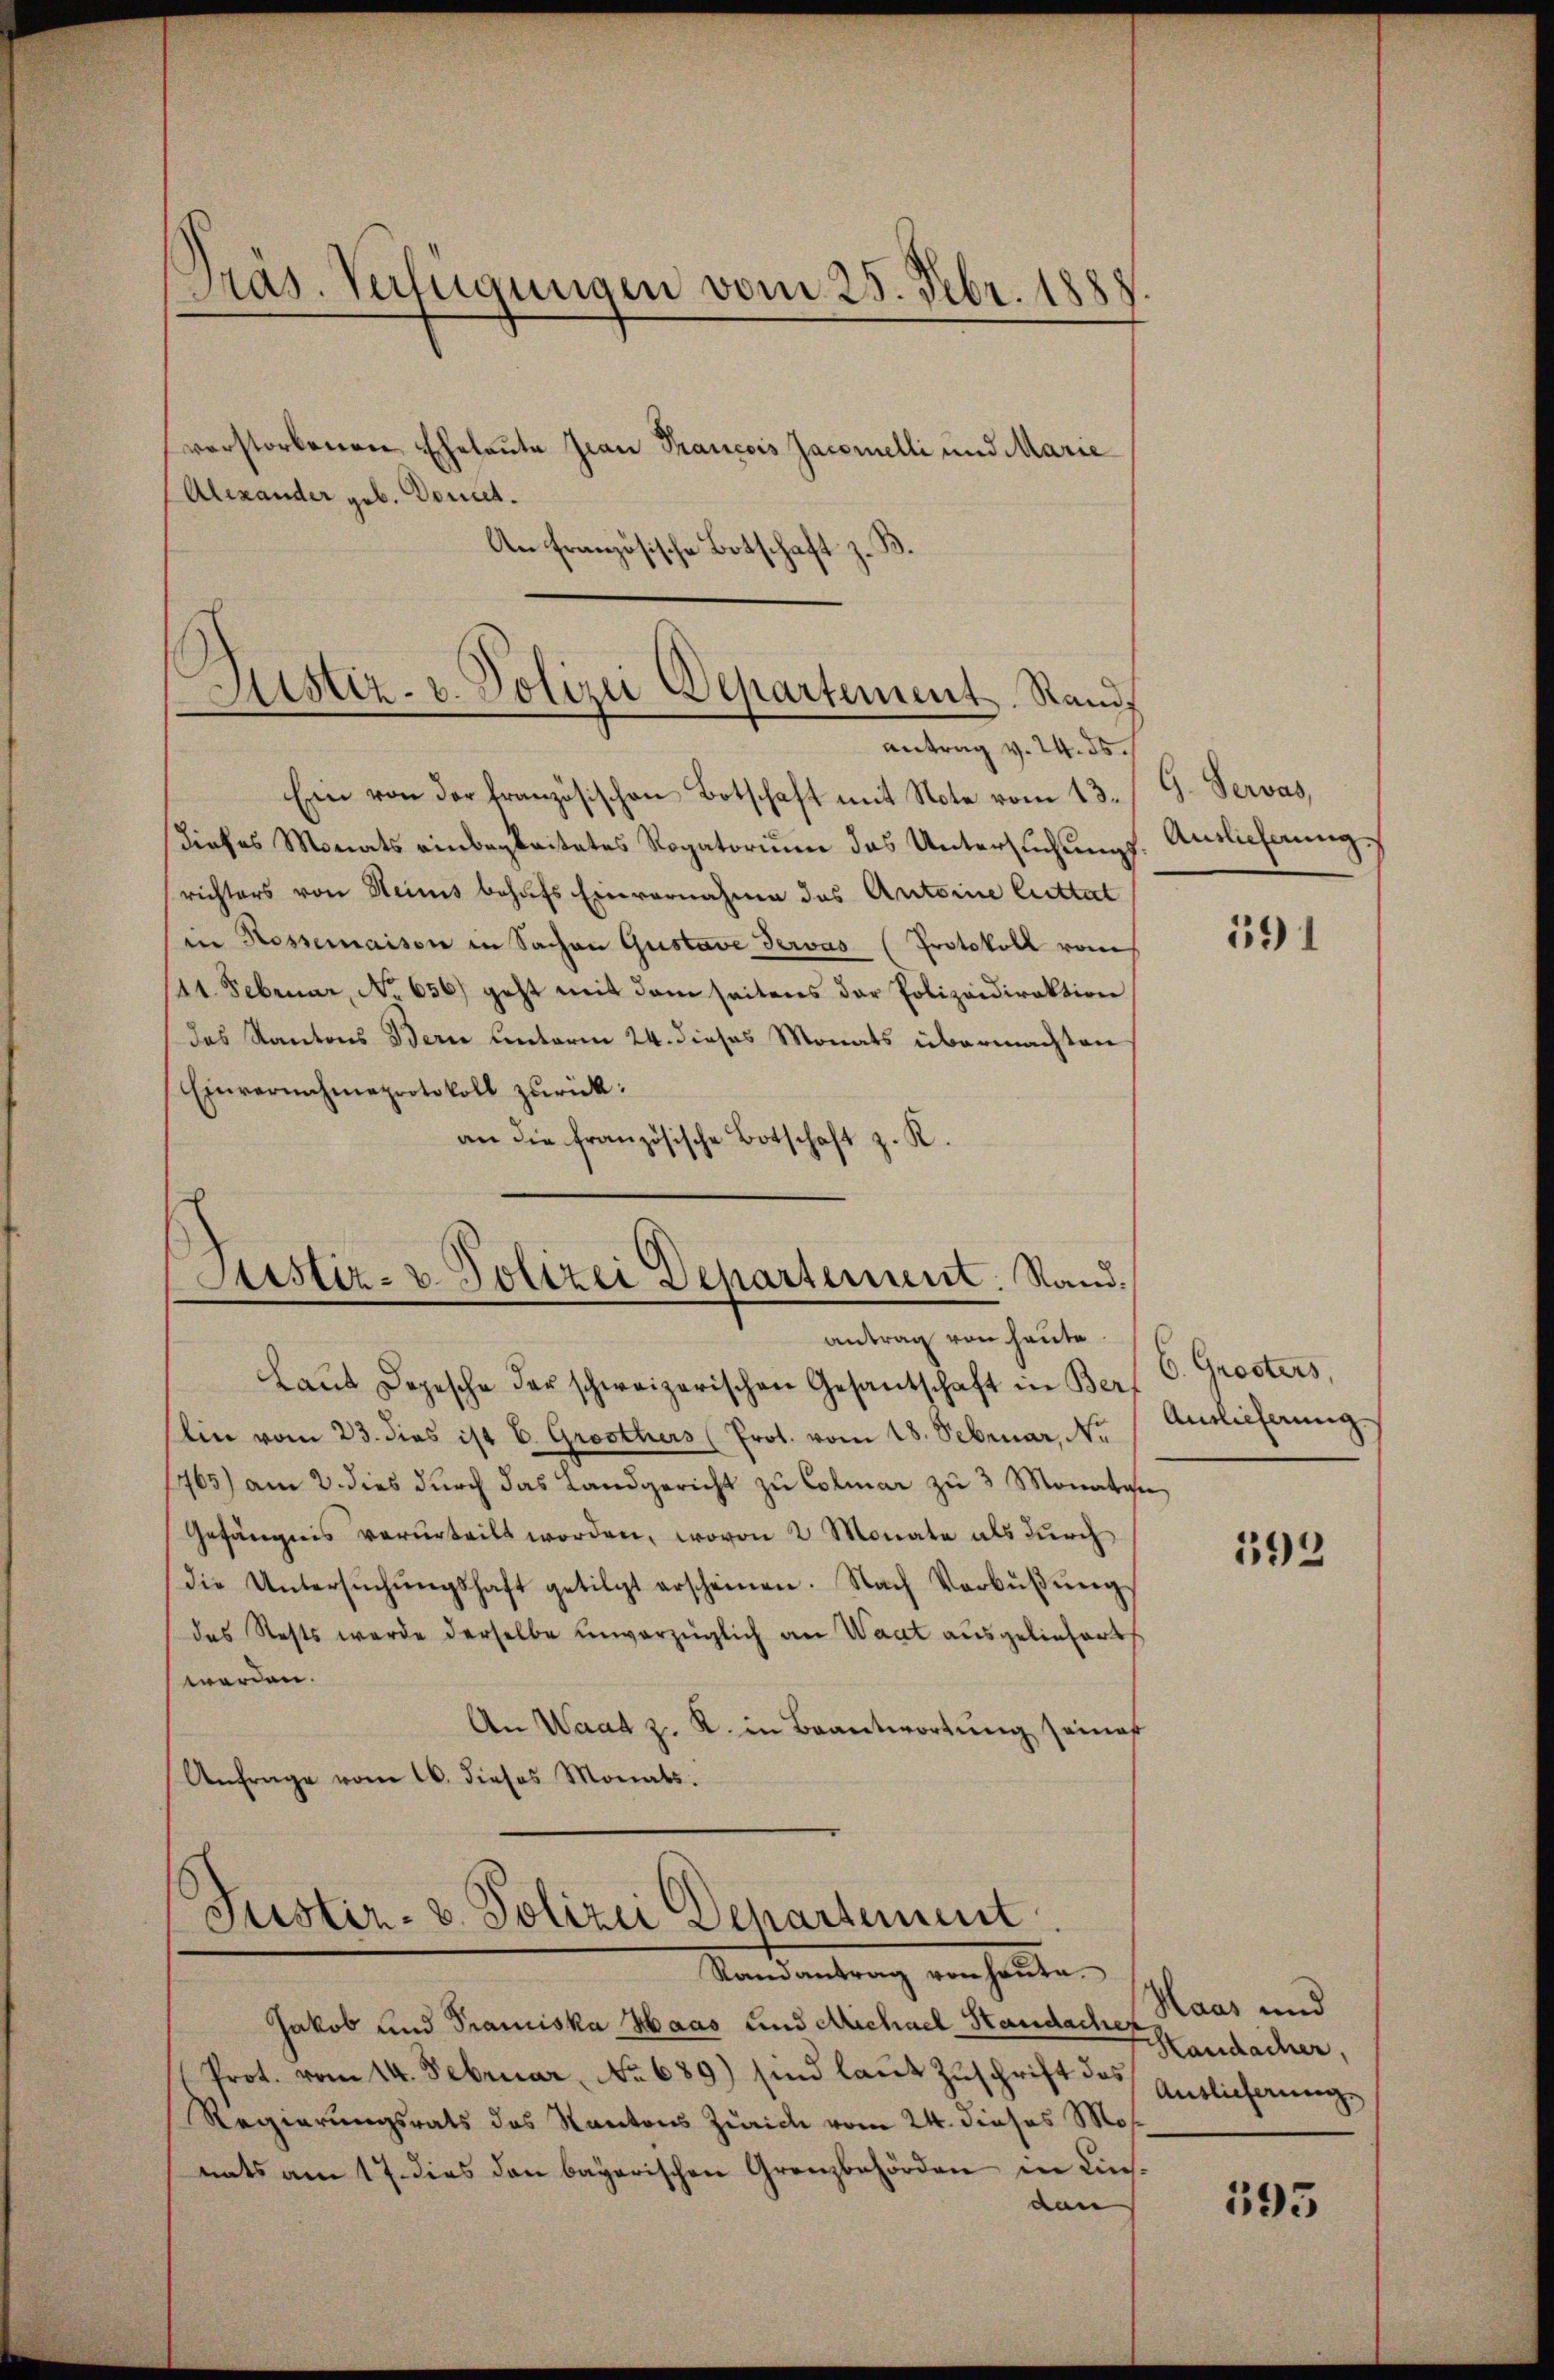
verstorbenen Eheleute Jean Prancois Jacomelli und Marie
Alexander geb. Donnet.
An Französische Bott

Pras. Verfügungen vom 25. Febr. 188

Ein von der französischen Botschaft mit Note vom 13. / G. Servas,
dieses Monats einbegleitetes Rogatoriŭm das Untersŭchŭngs-Auslieferung
richters von Heinis behufs Einvernahme des Antoine luttat
in Rossemaison in Sachen Gustave Tervas (Protokoll vom
11. Februar, No 656.) geht mit dem seitens der Polizeidirektion
des Kantons Bern Unterm 24. dieses Monats übermachten
Einvernahmeprotokoll zurück:
an die französische Botschaft z. K.

antrag von heute
Laŭt Depesche der schweizerischen Gesantschaft in Bern C. Grosters,
Ein vom 23. dies ist B. Groothers (Prot. vom 18. Februar, No
1765) am 2. dies durch das Landgericht zu Colmar zu 3 Monaten,
Gefängnis verurteilt worden, wovon 2 Monate als durch
die Untersŭchŭngshaft getilgt erscheinen. Nach Verbüβŭng
das Stehts werde derselbe unverzüglich an Waat ausgeliefert
werden.
An Waat z. R. in Beantwortung seines
Anfrage vom 16. dieses Monats.

Justiz- u. Polizei Departement. Rand
antrag v. 24. ds.

Justiz- & Polizei Departement. Sand¬

Justiz- & Polizei Departement
Randantrag von heŭte.

Jakob und Tramiska Haas und Michael Standache andacher,
Prot. vom 14. Februar, No 689) sind laut Zuschrift das Antlicherung
Regierungsrats des Kantons Zürich vom 24. dieses Mos.
nats am 17. dies den bayerischen Grenzbehörden in Kinden

191

Auslieferung

593

Haas und

593